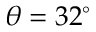
\theta = 3 2 ^ { \circ }